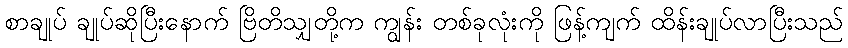
စာချုပ် ချုပ်ဆိုပြီးနောက် ဗြိတိသျှတို့က ကျွန်း တစ်ခုလုံးကို ဖြန့်ကျက် ထိန်းချုပ်လာပြီးသည်